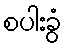
စပါးခွံ